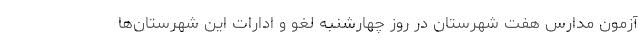
آزمون مدارس هفت شهرستان در روز چهارشنبه لغو و ادارات این شهرستان‌ها